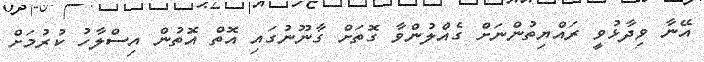
އޭނާ ވިދާޅުވީ ރައްޔިތުންނަށް ގެއްލުންވާ ގޮތަށް ގާނޫނުގައި އޮތް އޮތުން އިސްލާހު ކުރުމަށް